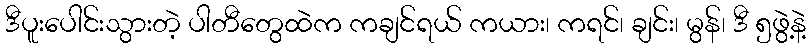
ဒီပူးပေါင်းသွားတဲ့ ပါတီတွေထဲက ကချင်ရယ် ကယား၊ ကရင်၊ ချင်း၊ မွန်၊ ဒီ ၅ဖွဲ့နဲ့